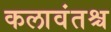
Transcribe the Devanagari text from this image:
कलावंतश्च